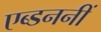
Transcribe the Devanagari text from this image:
एब्डननीं